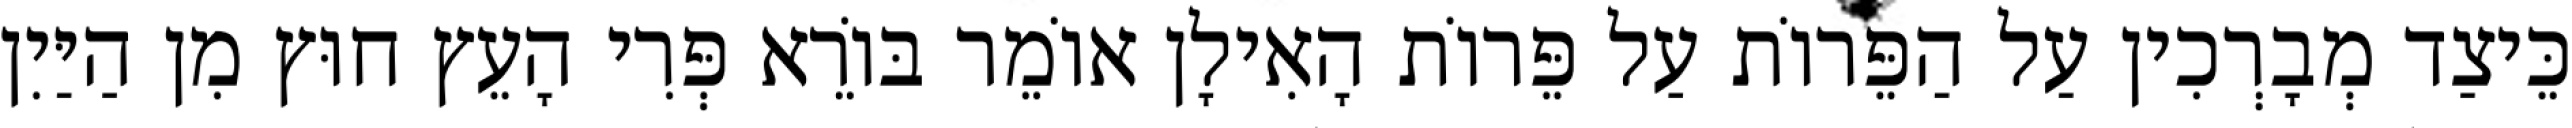
כֵּיצַד מְבָרְכִין עַל הַפֵּרוֹת עַל פֵּרוֹת הָאִילָן אוֹמֵר בּוֹרֵא פְּרִי הָעֵץ חוּץ מִן הַיַּיִן